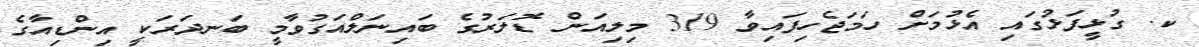
ކ. ގުޅީފަޅުގައި އެޅުމަށް ހަމަޖެހިފައިވާ 319 މިލިއަން ޑޮލަރުގެ ބައިނަލްއަގުވާމީ ބަނދަރަކީ އިންޑިއާގެ